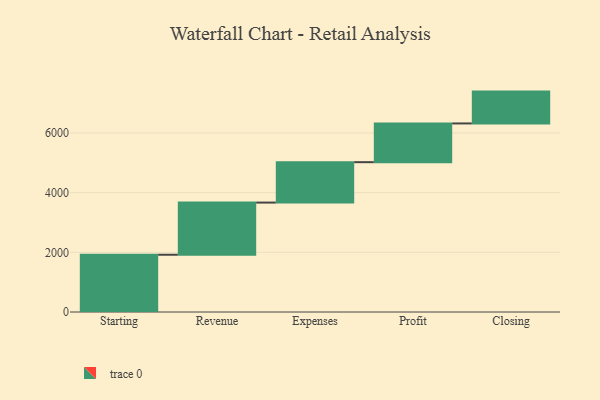
{"axis": {"x": "Step", "y": "Value"}, "legend": [""], "data": [{"x": "Starting", "y": 1919.0, "type": ""}, {"x": "Revenue", "y": 1748.0, "type": ""}, {"x": "Expenses", "y": 1354.0, "type": ""}, {"x": "Profit", "y": 1298.0, "type": ""}, {"x": "Closing", "y": 1067.0, "type": ""}]}